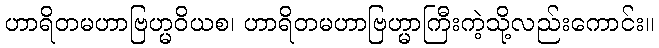
ဟာရိတမဟာဗြဟ္မဝိယစ၊ ဟာရိတမဟာဗြဟ္မာကြီးကဲ့သို့လည်းကောင်း။